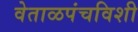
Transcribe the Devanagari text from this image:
वेताळपंचविशी